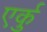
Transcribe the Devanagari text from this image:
एर्कु